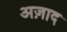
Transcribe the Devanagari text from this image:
अज़ाद